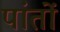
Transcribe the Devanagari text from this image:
पांतों